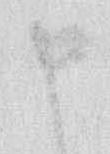
申